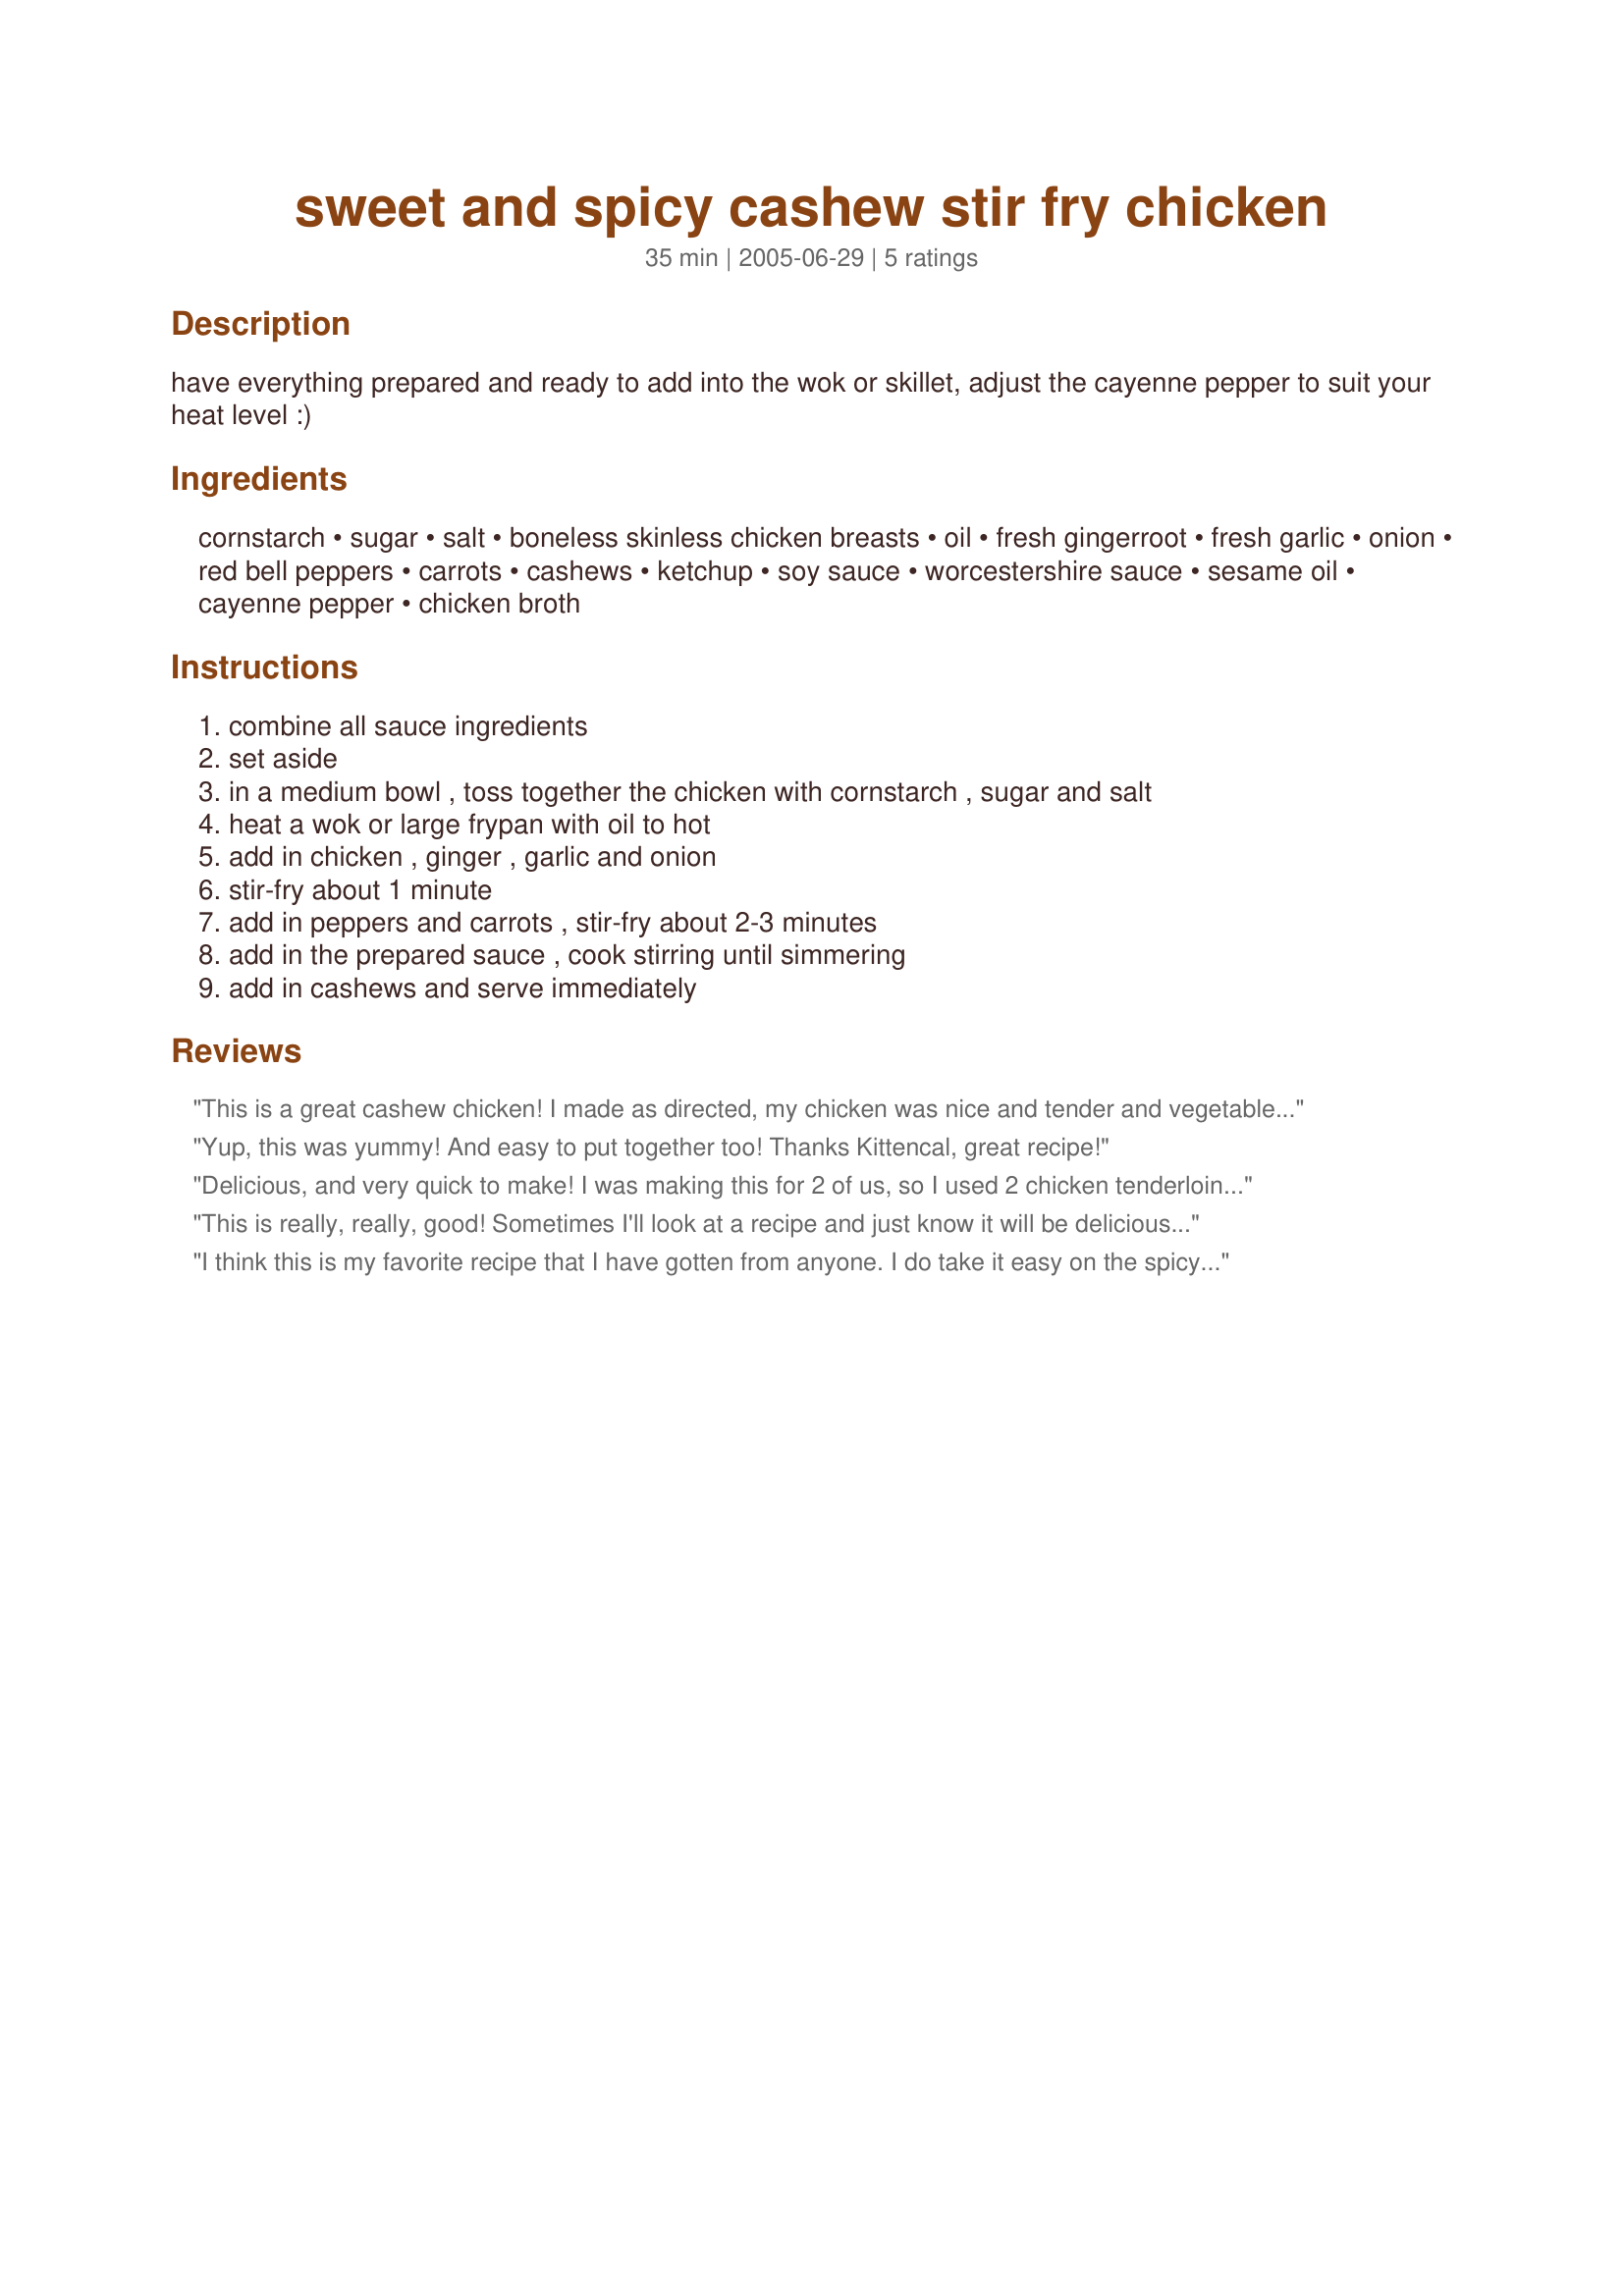
sweet and spicy cashew stir fry chicken
Preparation time: 35 minutes

have everything prepared and ready to add into the wok or skillet, adjust the cayenne pepper to suit your heat level :)

Ingredients:
cornstarch, sugar, salt, boneless skinless chicken breasts, oil, fresh gingerroot, fresh garlic, onion, red bell peppers, carrots, cashews, ketchup, soy sauce, worcestershire sauce, sesame oil, cayenne pepper, chicken broth

Steps:
combine all sauce ingredients, set aside, in a medium bowl , toss together the chicken with cornstarch , sugar and salt, heat a wok or large frypan with oil to hot, add in chicken , ginger , garlic and onion, stir-fry about 1 minute, add in peppers and carrots , stir-fry about 2-3 minutes, add in the prepared sauce , cook stirring until simmering, add in cashews and serve immediately

Reviews:
This is a great cashew chicken! I made as directed, my chicken was nice and tender and vegetable perfectly cooked. The flavor of the sauce was wonderful! Very easy to do with Kittencal's simple directions. Thanks for another wonderful meal, Kitten!
Yup, this was yummy! And easy to put together too! Thanks Kittencal, great recipe!
Delicious, and very quick to make! I was making this for 2 of us, so I used 2 chicken tenderloins. Instead of sugar and salt in the cornstarch, I added pepper (personal preference). I made a 'Serves 1-1 1/2' serving size of the sauce and eyeballed a sprinkling of cashews. I omitted the salt and used low-sodium soy sauce, and used water instead of broth in order to take the sodium count down a bit in the sauce. Great flavor! Thanks for sharing!
This is really, really, good! Sometimes I'll look at a recipe and just know it will be delicious; other times I'm a bit skeptical,but willing to give it a go. I was a bit iffy on this one. What a pleasant surprise. I followed the recipe straight down the line, but used garlic powder, because I was out of fresh. My BF loved it, too!
I think this is my favorite recipe that I have gotten from anyone. I do take it easy on the spicy stuff since I have small children that do not enjoy the spicy even thought its not that spicy. Thank you so much for sharing
